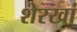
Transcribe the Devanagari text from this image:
शेरखां